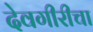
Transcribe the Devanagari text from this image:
देवगीरीचा